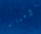
الأعمار